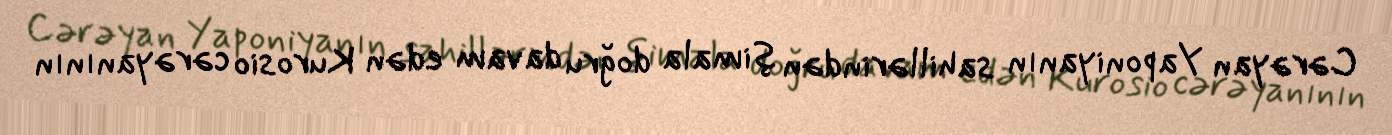
Cərəyan Yaponiyanın sahillərindən şimala doğru davam edən Kurosio cərəyanının